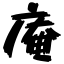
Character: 庵